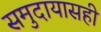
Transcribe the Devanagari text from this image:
समुदायासही